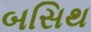
બસિથ